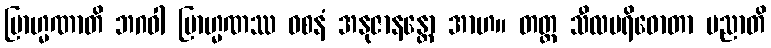
ဗြာဟ္မဏာတိ ဘဂဝါ ဗြာဟ္မဏဿ ဝစနံ အနုဇာနန္တော အာဟ။ တတ္ထ သီလပရိဓောတာ ပညာတိ